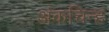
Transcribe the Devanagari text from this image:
अंकचिन्ह